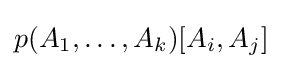
p(A_{1},\ldots ,A_{k})[A_{i},A_{j}]